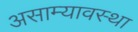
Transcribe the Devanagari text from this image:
असाम्यावस्था